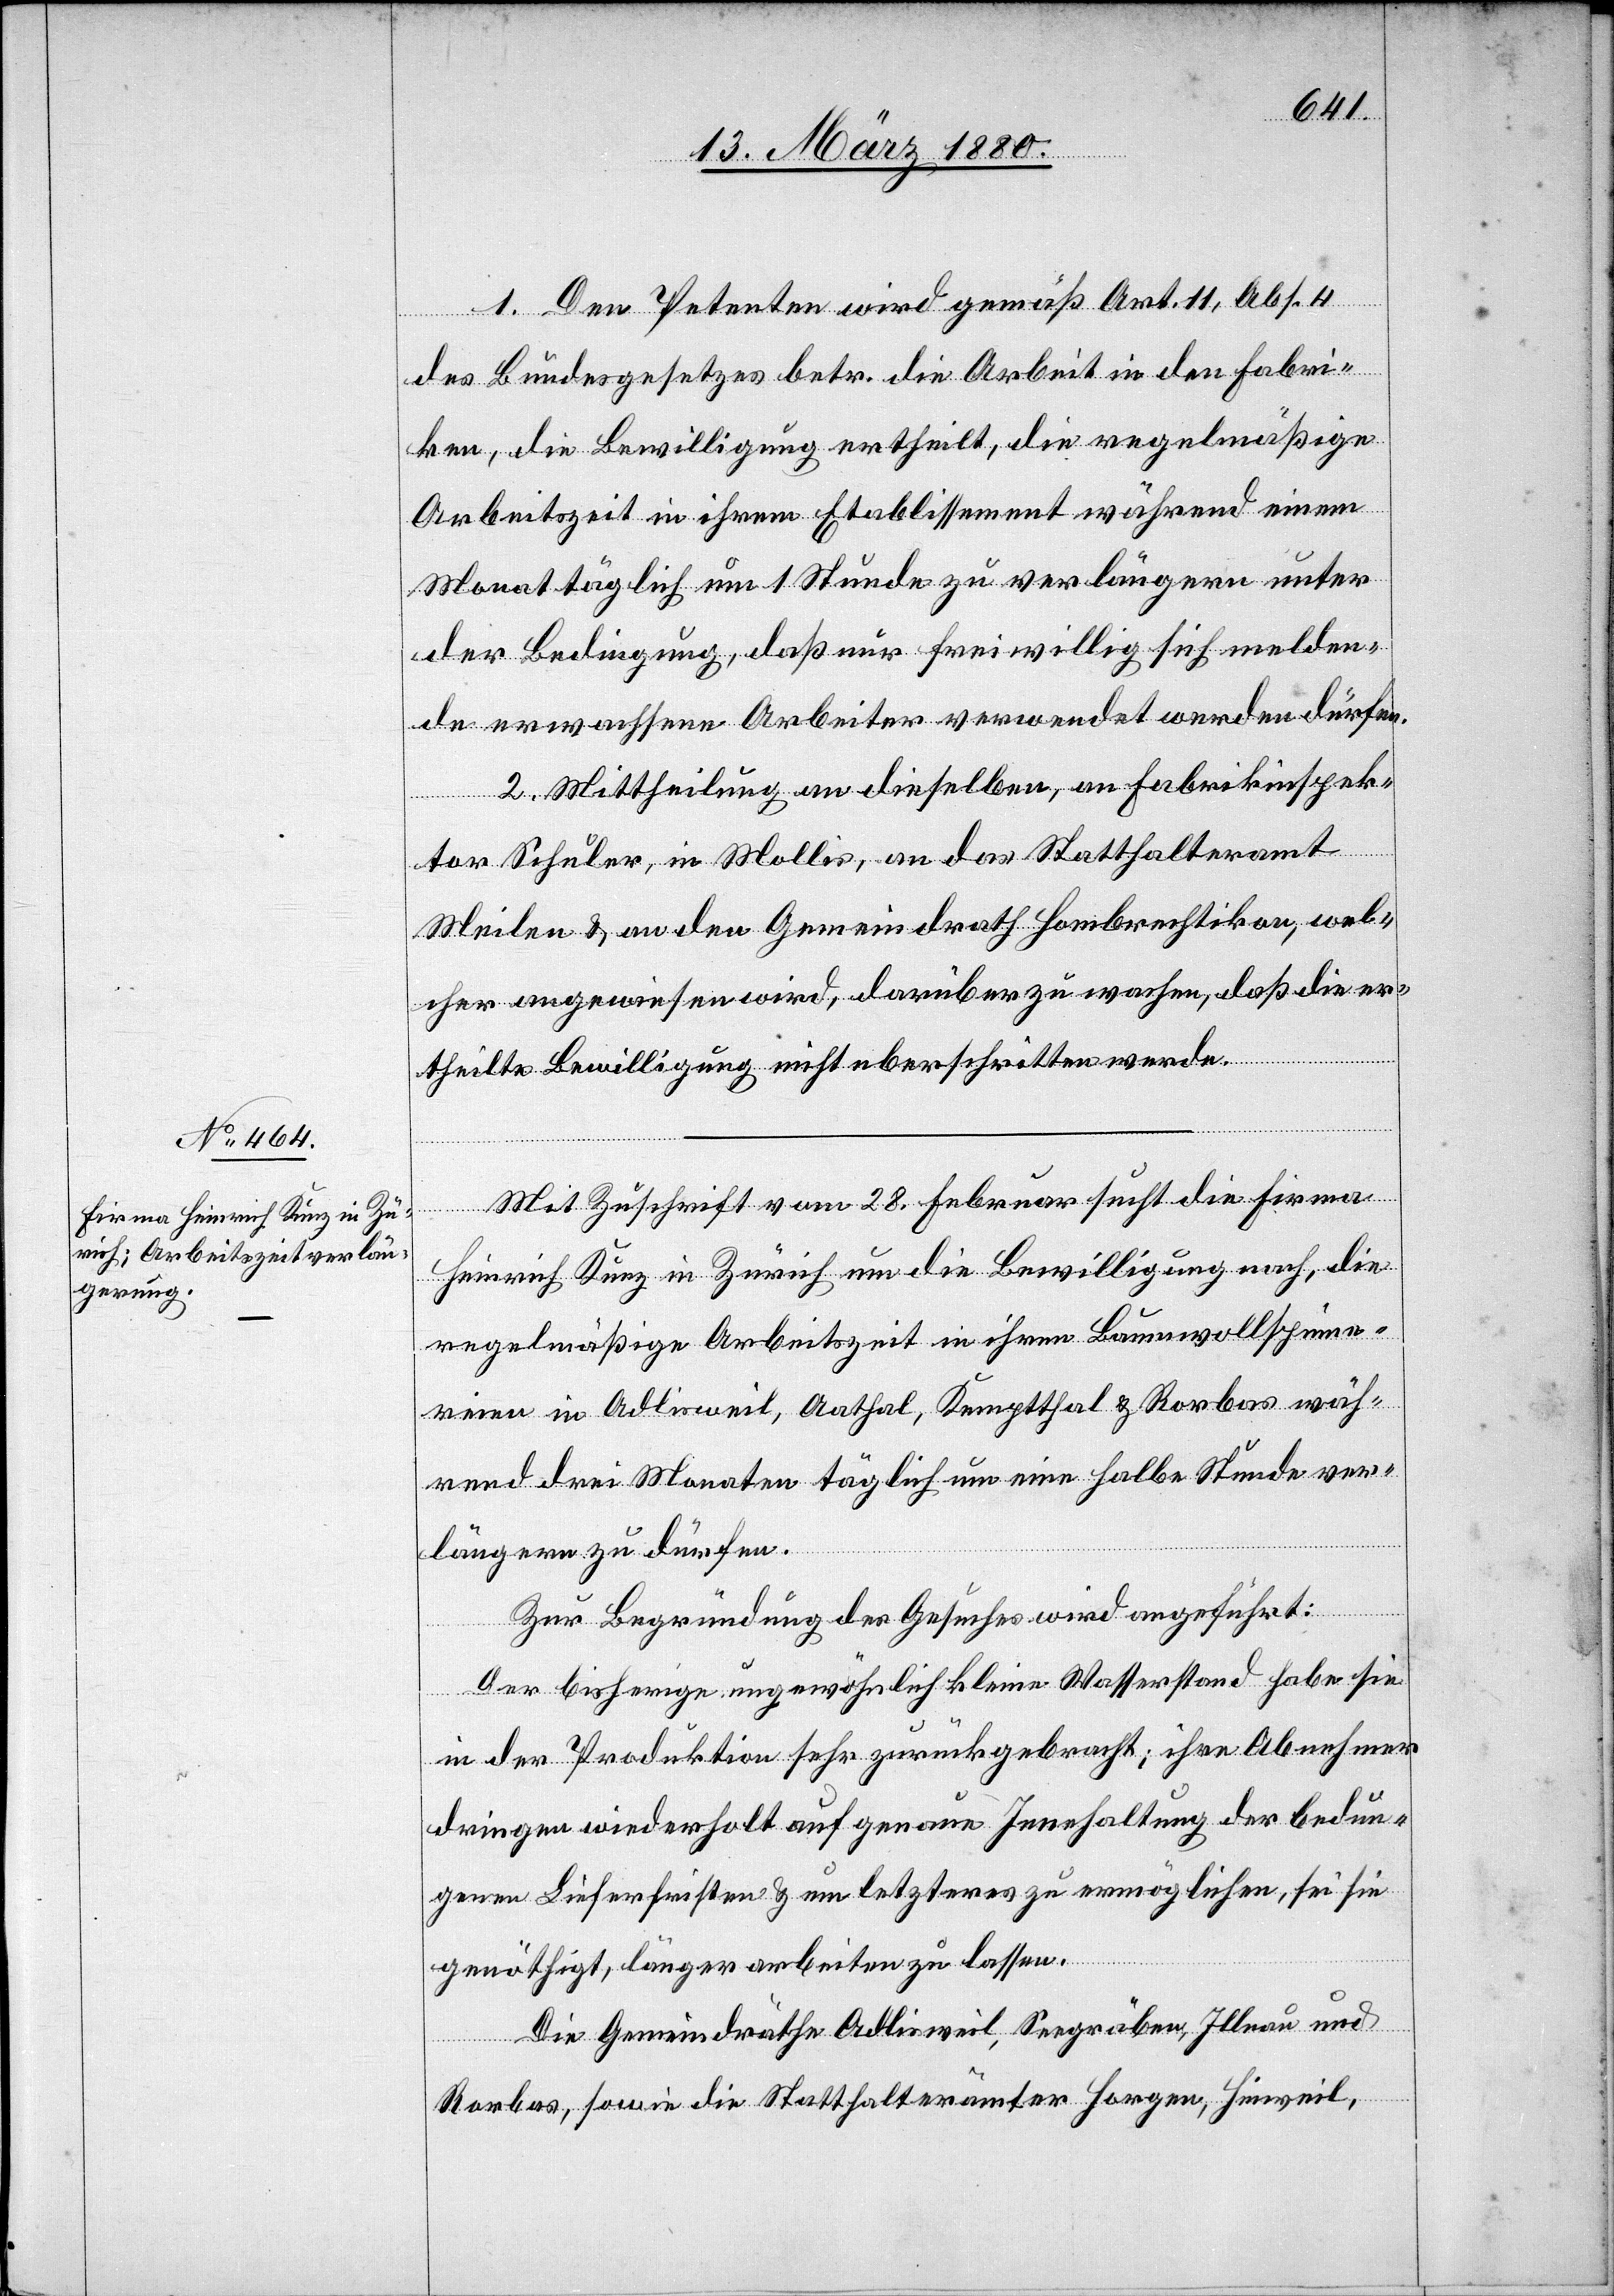
1. Den Petenten wird gemäß Art. 11, Abs. 4
des Bundesgesetzes betr. die Arbeit in den Fabri¬
ken, die Bewilligung ertheilt, die regelmäßige
Arbeitszeit in ihrem Etablissement während einem
Monat täglich um 1 Stunde zu verlängern unter
der Bedingung, daß nur freiwillig sich melden¬
de erwachsene Arbeiter verwendet werden dürfen.
2. Mittheilung an dieselben, an Fabrikinspek¬
tor Schuler in Mollis, an das Statthalteramt
Meilen & an den Gemeindrath Hombrechtikon, wel¬
cher angewiesen wird, darüber zu wachen, daß die er¬
theilte Bewilligung nicht überschritten werde.
Mit Zuschrift vom 28. Februar sucht die Firma
Heinrich Kunz in Zürich um die Bewilligung nach, die
regelmäßige Arbeitszeit in ihren Baumwollspinne¬
reien in Adlisweil, Aathal, Kemptthal & Rorbas wäh¬
rend drei Monaten täglich um eine halbe Stunde ver¬
längern zu dürfen.
Zur Begründung des Gesuches wird angeführt:
Der bisherige ungewöhnlich kleine Wasserstand habe sie
in der Produktion sehr zurückgebracht; ihre Abnehmer
dringen wiederholt auf genaue Innehaltung der bedun¬
genen Lieferfristen & um letzteres zu ermöglichen, sei sie
genöthigt, länger arbeiten zu lassen.
Die Gemeindräthe Adlisweil, Seegräben, Illnau und
Rorbas, sowie die Statthalterämter Horgen, Hinweil,